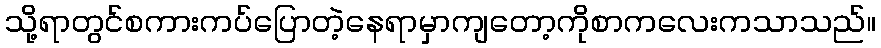
သို့ရာတွင်စကားကပ်ပြောတဲ့နေရာမှာကျတော့ကိုစာကလေးကသာသည်။